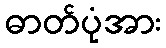
ဓာတ်ပုံအား